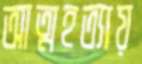
আত্মহত্যায়